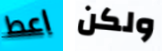
اعط ولكن